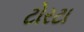
ટોરટા